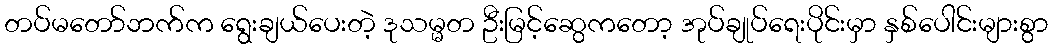
တပ်မတော်ဘက်က ရွေးချယ်ပေးတဲ့ ဒုသမ္မတ ဦးမြင့်ဆွေကတော့ အုပ်ချုပ်ရေးပိုင်းမှာ နှစ်ပေါင်းများစွာ